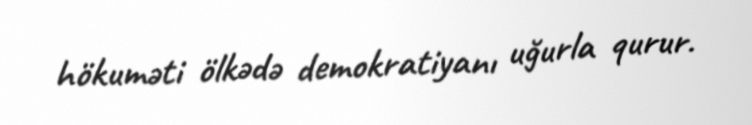
hökuməti ölkədə demokratiyanı uğurla qurur.